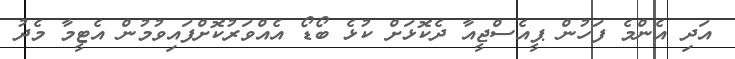
އަދި އެންމެ ފަހުން ޕީއެސްޖީއާ ދެކޮޅަށް ކުޅެ ބޯޑޯ އެއްވަރުކޮށްފައިވުމުން އެޓީމާ މެދު